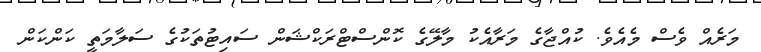
މަރެއް ވެސް މެއެވެ. ކުއްޖާގެ މަރާއެކު މާލޭގެ ކޮންސްޓްރަކްޝަން ސައިޓުތަކުގެ ސަލާމަތީ ކަންކަން